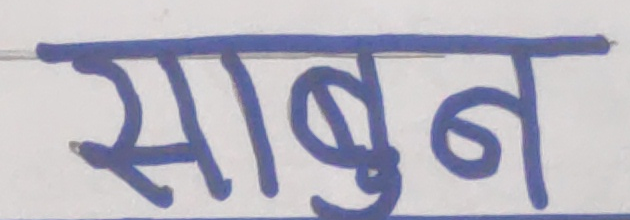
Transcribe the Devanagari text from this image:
साबुन